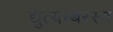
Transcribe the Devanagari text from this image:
द्युत्यम्बरस्य